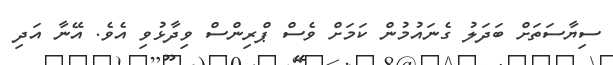
ސިޔާސަތަށް ބަދަލު ގެނައުމުން ކަމަށް ވެސް ޕްރިންސް ވިދާޅުވި އެވެ. އޭނާ އަދި